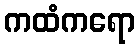
ကထံကရော